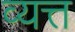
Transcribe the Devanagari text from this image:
व्यत्त